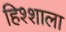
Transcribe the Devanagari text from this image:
हिश्शाला